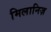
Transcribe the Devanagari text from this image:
मिलानिज़